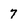
Character: 7